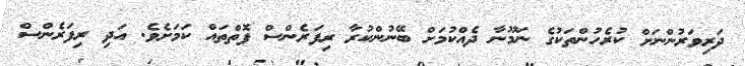
ދަރިވަރުންނަށް ކުރެހުންތަކުގެ ނަމޫނާ ދެއްކުމަށް ބޭނުންކުރާ ރިފަރެންސް ފޮތްތައް ކަމަށެވެ. އަދި ރިފަރެންސް